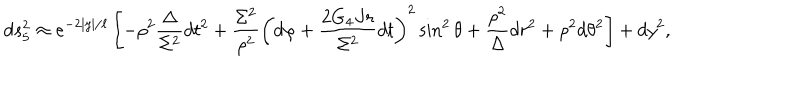
LaTeX: d s _ { 5 } ^ { 2 } \approx e ^ { - 2 | y | / \ell } \left[ - \rho ^ { 2 } \frac { \Delta } { \Sigma ^ { 2 } } d t ^ { 2 } + \frac { \Sigma ^ { 2 } } { \rho ^ { 2 } } \left( d \varphi + \frac { 2 G _ { 4 } J r } { \Sigma ^ { 2 } } d t \right) ^ { 2 } \sin ^ { 2 } { \theta } + \frac { \rho ^ { 2 } } { \Delta } d r ^ { 2 } + \rho ^ { 2 } d \theta ^ { 2 } \right] + d y ^ { 2 } ,